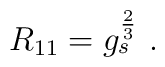
R_{11}= g_s^{2\over3}\ .